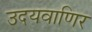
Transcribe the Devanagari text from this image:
उदयवाणिर